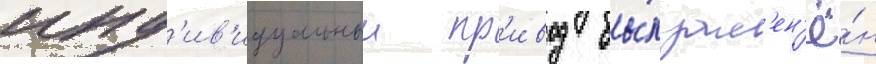
инд'ив'идуальныи пр'ивод бы́л зам'ен'ё́н